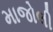
માજોલી